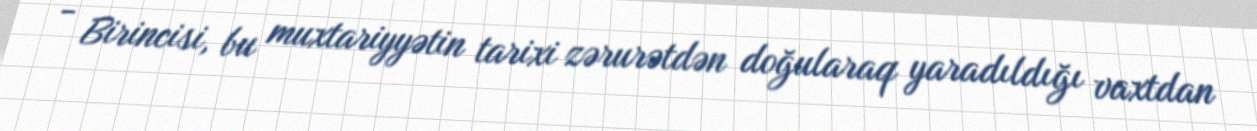
- Birincisi, bu muxtariyyətin tarixi zərurətdən doğularaq yaradıldığı vaxtdan